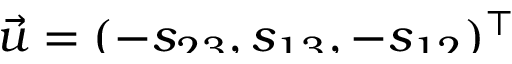
\smash { \vec { u } = ( - s _ { 2 3 } , s _ { 1 3 } , - s _ { 1 2 } ) ^ { \top } }